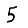
Digit: 5